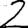
Digit: 2